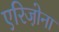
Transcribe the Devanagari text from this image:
एरिजो़ना